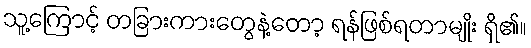
သူ့ကြောင့် တခြားကားတွေနဲ့တော့ ရန်ဖြစ်ရတာမျိုး ရှိ၏။